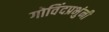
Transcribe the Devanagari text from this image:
गोविंदप्रभुंनी